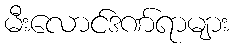
မီးလောင်ဒဏ်ရာများ